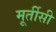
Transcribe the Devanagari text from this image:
मूर्तीसी